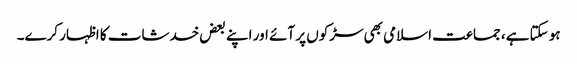
ہو سکتا ہے، جماعت اسلامی بھی سڑکوں پر آئے اور اپنے بعض خدشات کا اظہار کرے۔